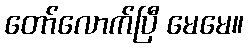
တော်လောက်ပြီ မေမေ။